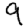
Digit: 9